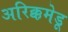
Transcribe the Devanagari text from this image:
अरिक्कमेडू